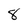
Character: 8